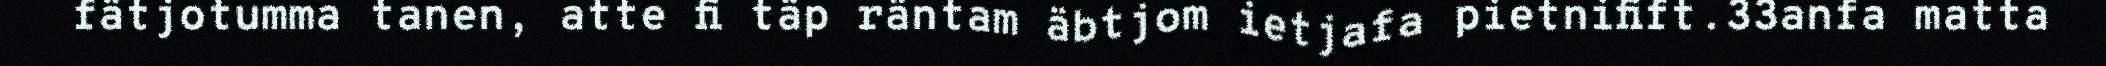
fätjotumma tanen, atte fi täp räntam äbtjom ietjafa pietnifift.33anfa matta